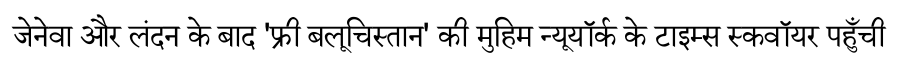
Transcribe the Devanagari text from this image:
जेनेवा और लंदन के बाद 'फ्री बलूचिस्तान' की मुहिम न्यूयॉर्क के टाइम्स स्कवॉयर पहुँची